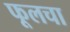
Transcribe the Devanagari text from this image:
फूलचा